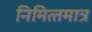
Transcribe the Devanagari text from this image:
निमित्‍तमात्र